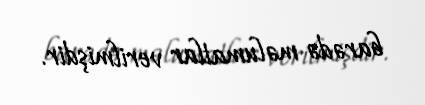
barədə məlumatlar verilmişdir.